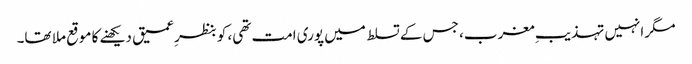
مگر انہیں تہذیبِ مغرب، جس کے تسلط میں پوری امت تھی، کو بنظرِ عمیق دیکھنے کا موقع ملا تھا۔